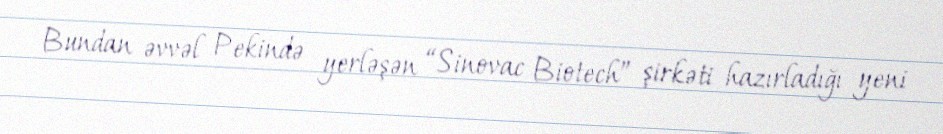
Bundan əvvəl Pekində yerləşən “Sinovac Biotech” şirkəti hazırladığı yeni